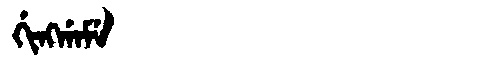
Manchu: ᡤᡳᠩᡤᠠᠮᡝ
Romanization: GINGGAME